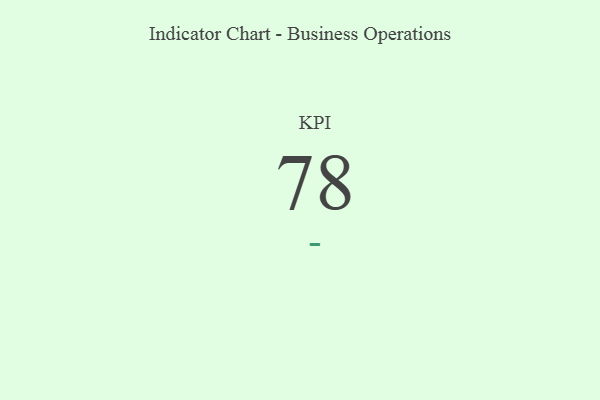
{"axis": {"x": "KPI", "y": "Value"}, "legend": [""], "data": [{"x": "KPI", "y": 78, "type": ""}]}